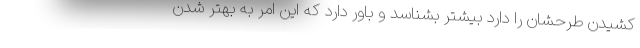
کشیدن طرحشان را دارد بیشتر بشناسد و باور دارد که این امر به بهتر شدن